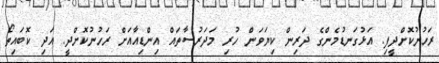
ރަހުނުކޮށްދީފި. އަޅުގަނޑުމެންގެ ދަރިން ކިޔަވަން ހުރި މަދަރުސާތައް އިންޑިއާއަށް ރަހުނުކޮށްދީ. އަދި ކޮބައިތޯ